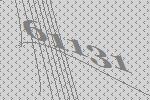
61131